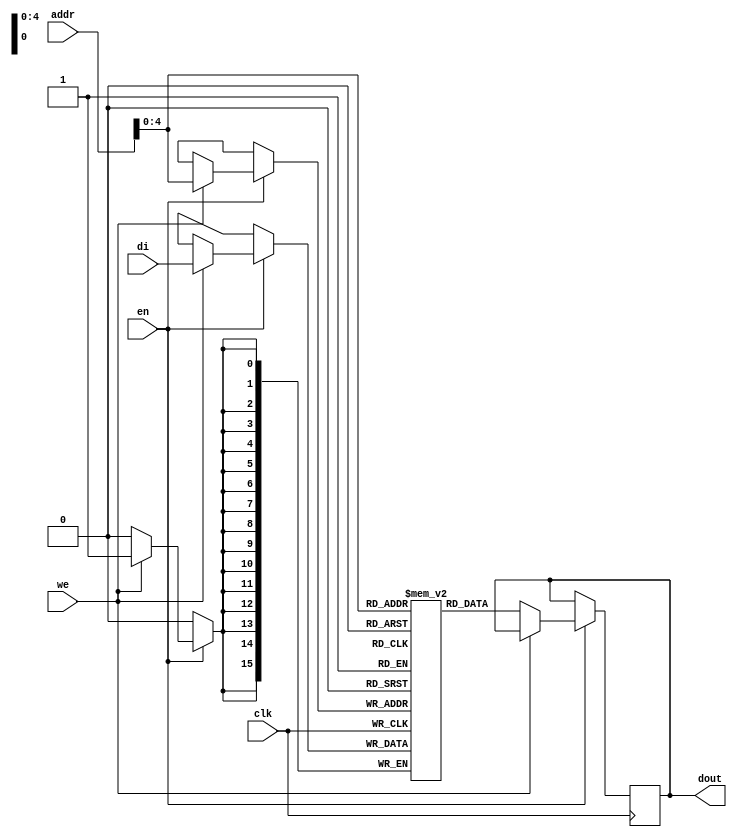
`timescale 1ns / 1ps
//////////////////////////////////////////////////////////////////////////////////
// Company: 
// Engineer: 
// 
// Design Name: 
// Module Name: KeyBram
// Project Name: 
// Target Devices: 
// Tool Versions: 
// Description: 
// 
// Dependencies: 
// 
// Revision:
// Revision 0.01 - File Created
// Additional Comments:
// 
//////////////////////////////////////////////////////////////////////////////////


module KeyBram(clk, we, en, addr, di, dout); 

input clk;
input we;
input en;
input [6:0] addr;
input [15:0] di;
output [15:0] dout;
reg [15:0] RAM [0:31];
reg [15:0] dout;

always @(posedge clk)

begin

if (en) begin
    if (we)
        RAM[addr] <= di;
    else
        dout <= RAM[addr];
end

end 
endmodule